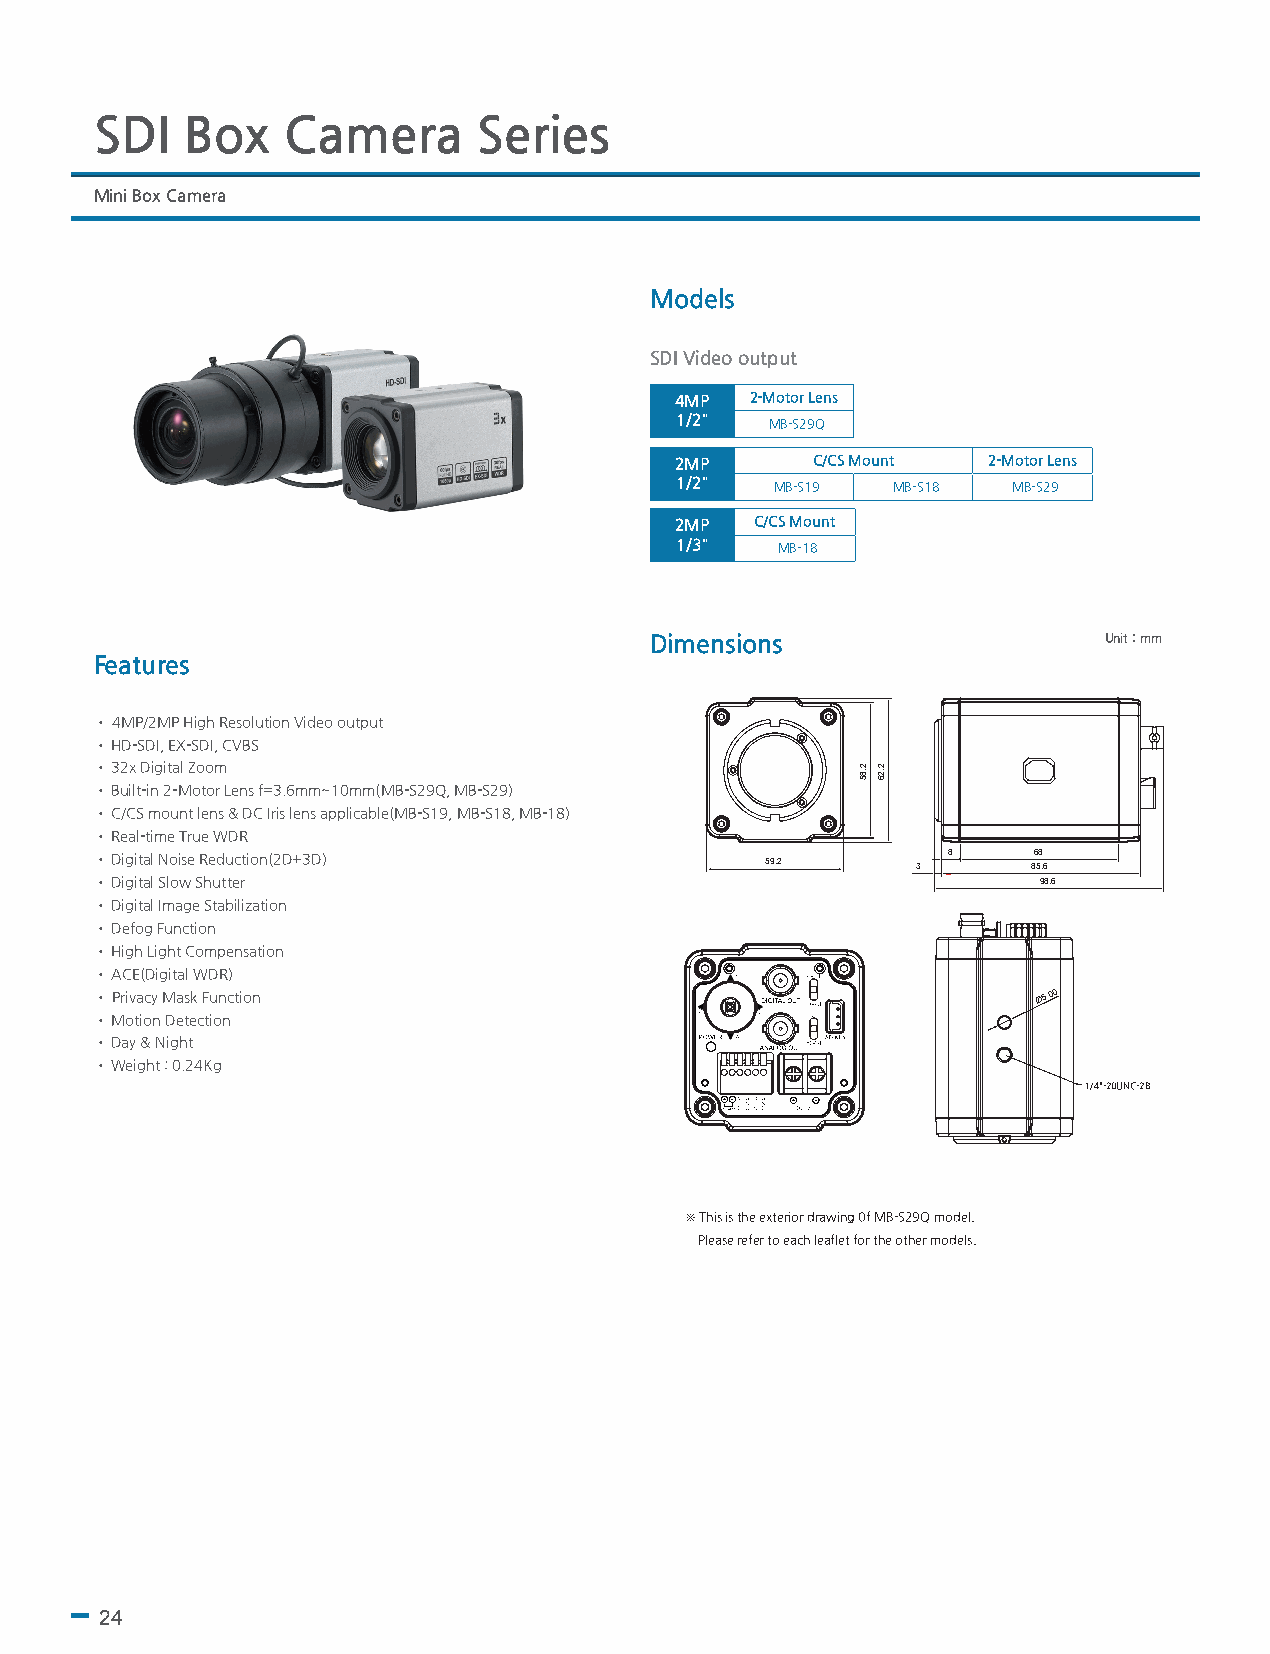
SDI   Box    Camera       Series
 Mini Box Camera
 Models
 SDI Video output
 4MP  2-Motor Lens
 1/2"  MB-S29Q
 2MP      C/CS Mount 2-Motor Lens
 1/2"  MB-S19  MB-S18  MB-S29
 2MP  C/CS Mount
 1/3"  MB-18
 Dimensions                    Unit : mm
 Features
 • 4MP/2MP High Resolution Video output
 • HD-SDI, EX-SDI, CVBS
 • 32x Digital Zoom
 • Built-in 2-Motor Lens f=3.6mm~10mm(MB-S29Q, MB-S29)
 • C/CS mount lens & DC Iris lens applicable(MB-S19, MB-S18, MB-18)
 • Real-time True WDR
 • Digital Noise Reduction(2D+3D)             59.2      3 8    86 58 .6
 • Digital Slow Shutter                                         98.6
 • Digital Image Stabilization
 • Defog Function
 • High Light Compensation
 • ACE(Digital WDR)
 • Privacy Mask Function                                        Ø5.00
 • Motion Detection
 • Day & Night
 • Weight : 0.24Kg
 114/i4n-"2-02 0TUAPN CDP-25B.5
 ※ This is the exterior drawing 0f MB-S29Q model.
 Please refer to each leaflet for the other models.
 24
 2.85 2.26